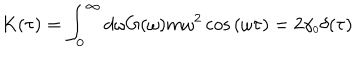
K ( \tau ) = \int _ { 0 } ^ { \infty } d \omega G ( \omega ) m \omega ^ { 2 } \cos { ( \omega \tau ) } = 2 \gamma _ { \scriptscriptstyle 0 } \delta ( \tau )